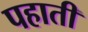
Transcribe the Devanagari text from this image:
पहाती